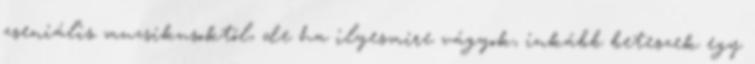
zseniális muzsikusoktól, de ha ilyesmire vágyok, inkább beteszek egy